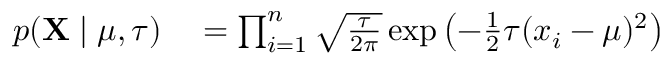
\begin{array} { r l } { p ( \mathbf { X } \mid \mu , \tau ) } & { { } = \prod _ { i = 1 } ^ { n } { \sqrt { \frac { \tau } { 2 \pi } } } \exp \left( - { \frac { 1 } { 2 } } \tau ( x _ { i } - \mu ) ^ { 2 } \right) } \end{array}